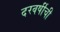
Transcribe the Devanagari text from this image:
दरवर्षीची